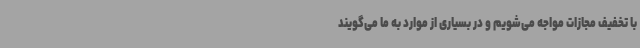
با تخفیف مجازات مواجه می‌شویم و در بسیاری از موارد به ما می‌گویند